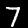
Label: 7